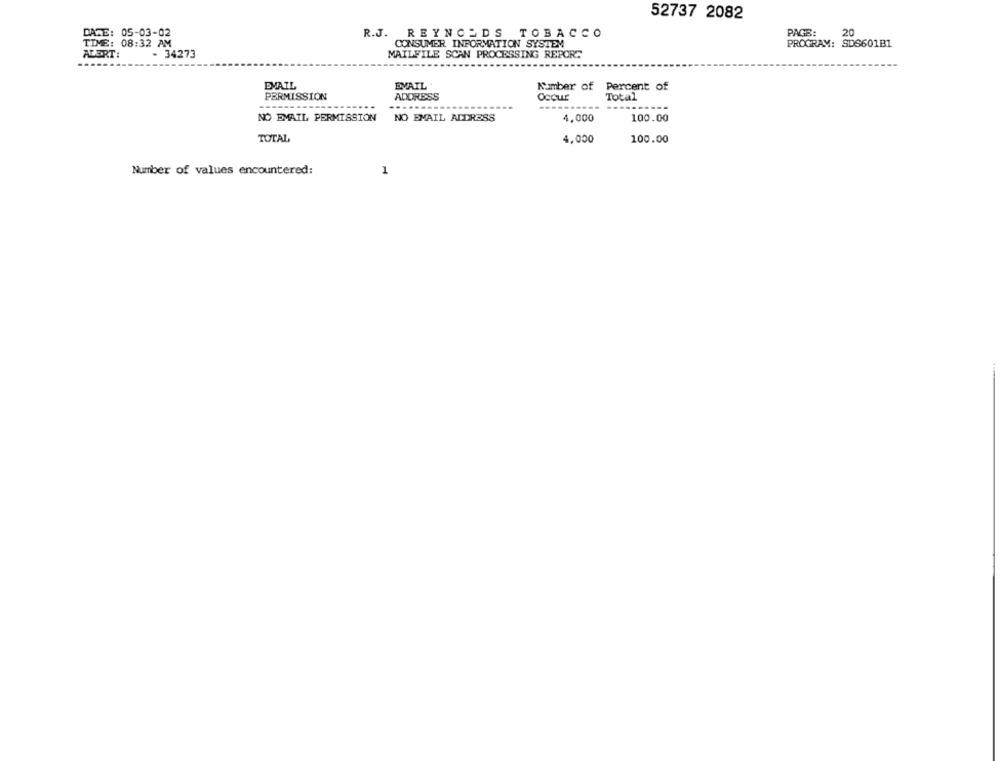
52737 2082
DATE: 05-03-02
R.J. REYNOLDS TOBACCO
PAGE:
20
TIME: 08:32 AM
CONSUMER INFORMATION SYSTEM
PROGRAM: SDS601B1
ALERT:
MAILFILE SCAN PROCESSING REPOR.
...
- 34273
EMAIL
EVAIL.
Kuumber of Percent of
PERMISSION
ADDRESS
Occur
Total
NO EMAIL PERMISSION
NO EMAIL ADDRESS
4,000
100.00
TOTAL
4,000
100.00
Number of values encountered:
1